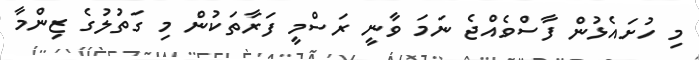
މި ހުށައެޅުން ފާސްވެއްޖެ ނަމަ ވާނީ ރަސްމީ ފަރާތަކުން މި ގަތުލުގެ ޒިންމާ